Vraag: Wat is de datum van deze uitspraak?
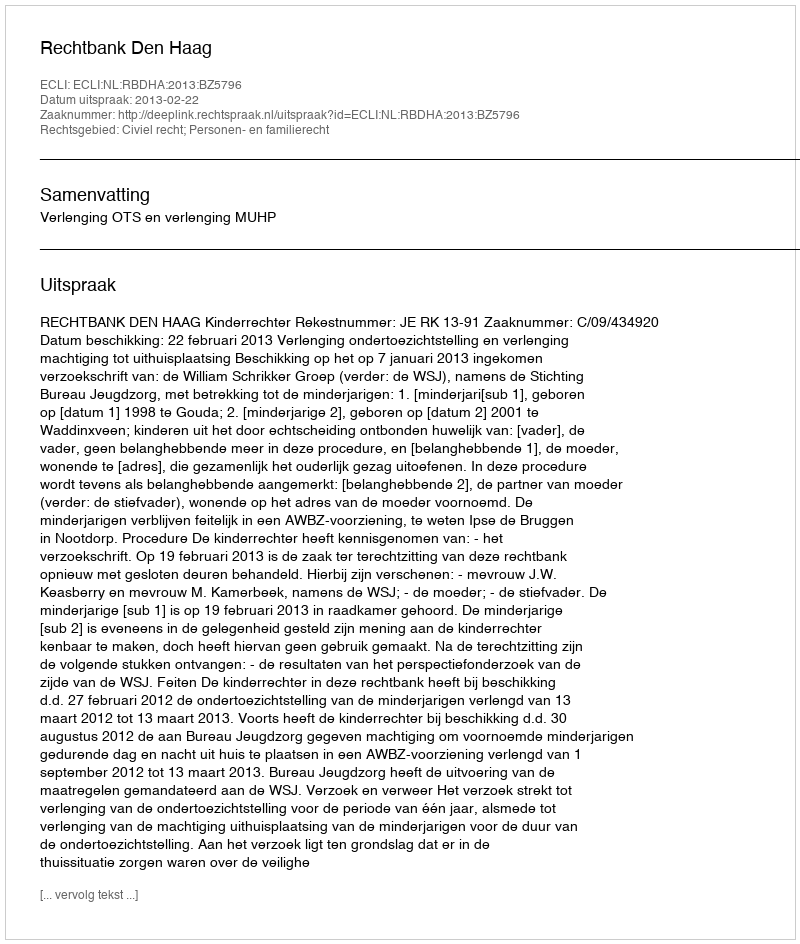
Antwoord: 2013-02-22